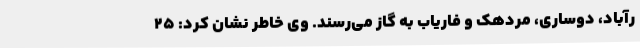
رآباد، دوساری، مردهک و فاریاب به گاز می‌رسند. وی خاطر نشان کرد: 25